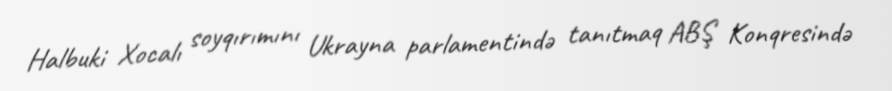
Halbuki Xocalı soyqırımını Ukrayna parlamentində tanıtmaq ABŞ Konqresində